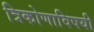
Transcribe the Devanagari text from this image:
त्रिकोणाविषयी